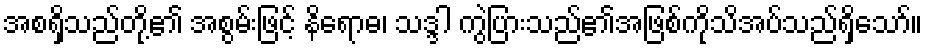
အစရှိသည်တို့၏ အစွမ်းဖြင့် နိရောဓ၊ သဒ္ဒါ ကွဲပြားသည်၏အဖြစ်ကိုသိအပ်သည်ရှိသော်။